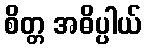
စိတ္တ အဓိပ္ပါယ်